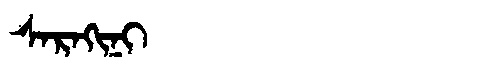
Manchu: ᠰᠠᡵᠠᡴᡳᠨᡳ
Romanization: SARAKINI